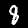
Label: 8